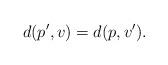
LaTeX: \begin{align*}d(p',v)=d(p,v').\end{align*}